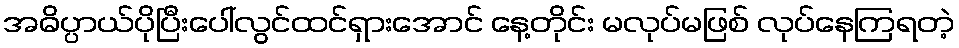
အဓိပ္ပာယ်ပိုပြီးပေါ်လွင်ထင်ရှားအောင် နေ့တိုင်း မလုပ်မဖြစ် လုပ်နေကြရတဲ့